Papers set at the Examination for Leaving Certificates, 1895
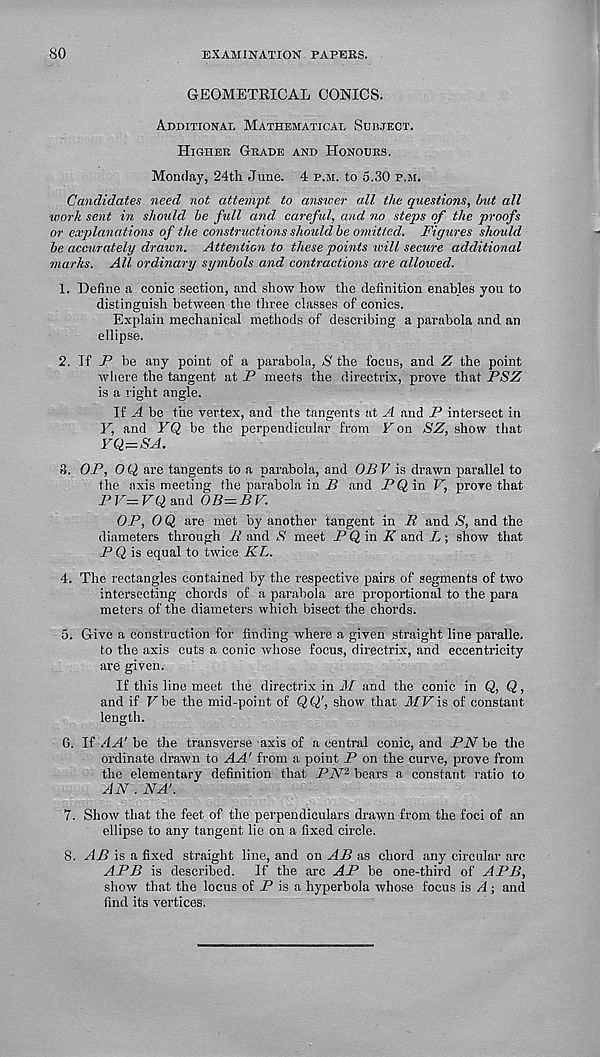
80
EXAMINATION PAPEKS.
GEOMETRICAL CONICS.
Additional Mathematical Subject.
Higher Grade and Honours.
Monday, 24th June. 4 p.m. to 5.30 p.m.
Candidates need not attempt to ansiver all the questions, but all
work sent in should be full and careful, and no steps of the proofs
or explanations of the constructions should be omitted. Figures should
be accurately drawn. Attention to these points will secure additional
marks. All ordinary sytnbols and contractions are allowed.
1. Define a conic section, and show how the definition enables you to
distinguish between the three classes of conics.
Explain mechanical methods of describing a parabola and an
ellipse.
2. If P be any point of a parabola, S the focus, and Z the point
where the tangent at P meets the directrix, prove that PSZ
is a right angle.
If A be the vertex, and the tangents at A and P intersect in
Y, and EQ be the perpendicular from Fon SZ, show that
YQ-SA.
8. OP, OQ are tangents to a parabola, and OB V is drawn parallel to
the axis meeting the parabola in i? and PQ in F, prove that
P V= VQ and OB=BV.
OP, 0 Q are met by another tangent in B and S, and the
diameters through B and S meet P Q in K and L; show that
P Q is equal to twice KL.
4. The rectangles contained by the respective pairs of segments of two
intersecting chords of a parabola are proportional to the para
meters of the diameters which bisect the chords.
5. Give a construction for finding where a given straight line paralle.
to the axis cuts a conic whose focus, directrix, and eccentricity
are given.
If this line meet the directrix in M and the conic in Q, Q,
and if Fbe the mid-point of QQ’, show that MV\s of constant
length.
0. If .4H'be the transverse axis of a central conic, and PNhe the
ordinate drawn to AA' from a point P on the curve, prove from
the elementary definition that PN 2 bears a constant ratio to
AN . NA'.
7. Show that the feet of the perpendiculars drawn from the foci of an
ellipse to any tangent lie on a fixed circle.
8. AB is a fixed straight line, and on AB as chord any circular arc
APB is described. If the arc AP be one-third of APB,
show that the locus of P is a hyperbola whose focus is A ; and
find its vertices.